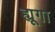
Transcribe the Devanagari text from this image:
ह्यूगा